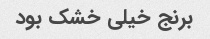
برنج خیلی خشک بود